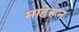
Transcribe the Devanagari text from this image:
माहेरून